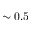
\sim 0 . 5